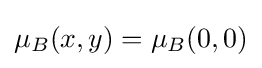
\mu _{B}(x,y)=\mu _{B}(0,0)